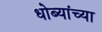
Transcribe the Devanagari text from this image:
धोब्यांच्या